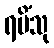
ရမိံသု